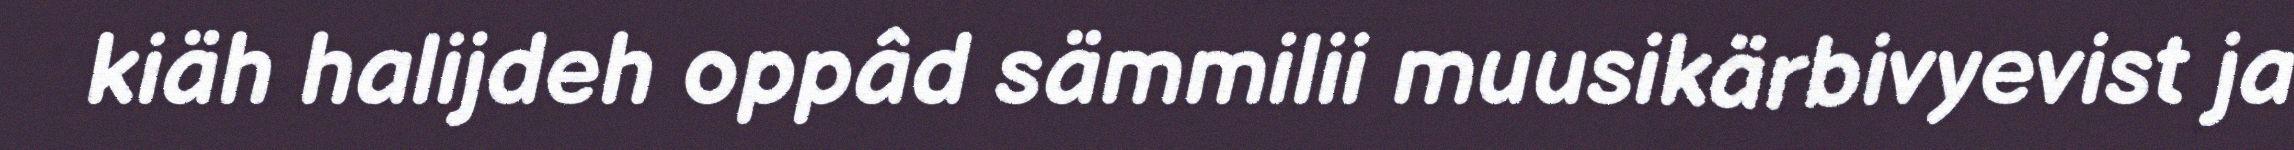
kiäh halijdeh oppâd sämmilii muusikärbivyevist ja